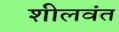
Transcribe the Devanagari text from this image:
शीलवंत